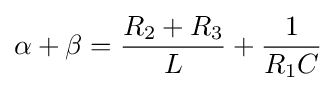
\alpha +\beta ={\frac {R_{2}+R_{3}}{L}}+{\frac {1}{R_{1}C}}